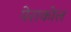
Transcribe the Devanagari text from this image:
पेराकोल